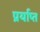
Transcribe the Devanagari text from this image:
प्रर्याप्‍त